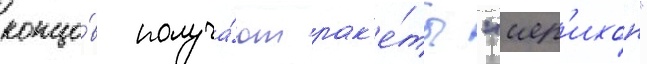
концо́в получа́ют рак'е́ты "иер'ихон"